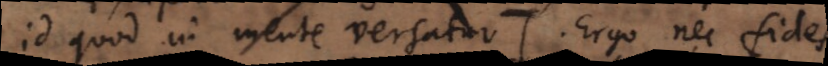
id quod in mente versatur.) Ergo nec fides